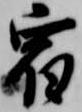
宿